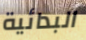
البدائية